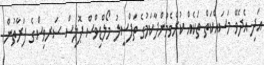
އަދި އެދެވޭ މަސައްކަތް ތަކެއް ކުރެވެމުންދާކަމުގެ ތަފްސީލު މޯލްޑިވްސް ޕޮލިސް ސަރވިސްގެ ފަރާތުން